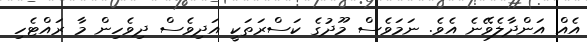
އެއް އަންދާލެވޭނެ އެވެ. ނަމަވެސް މޫދުގެ ކަސްރަތަކީ އަދިވެސް ދިވެހިން މާ ރައްޓެހި